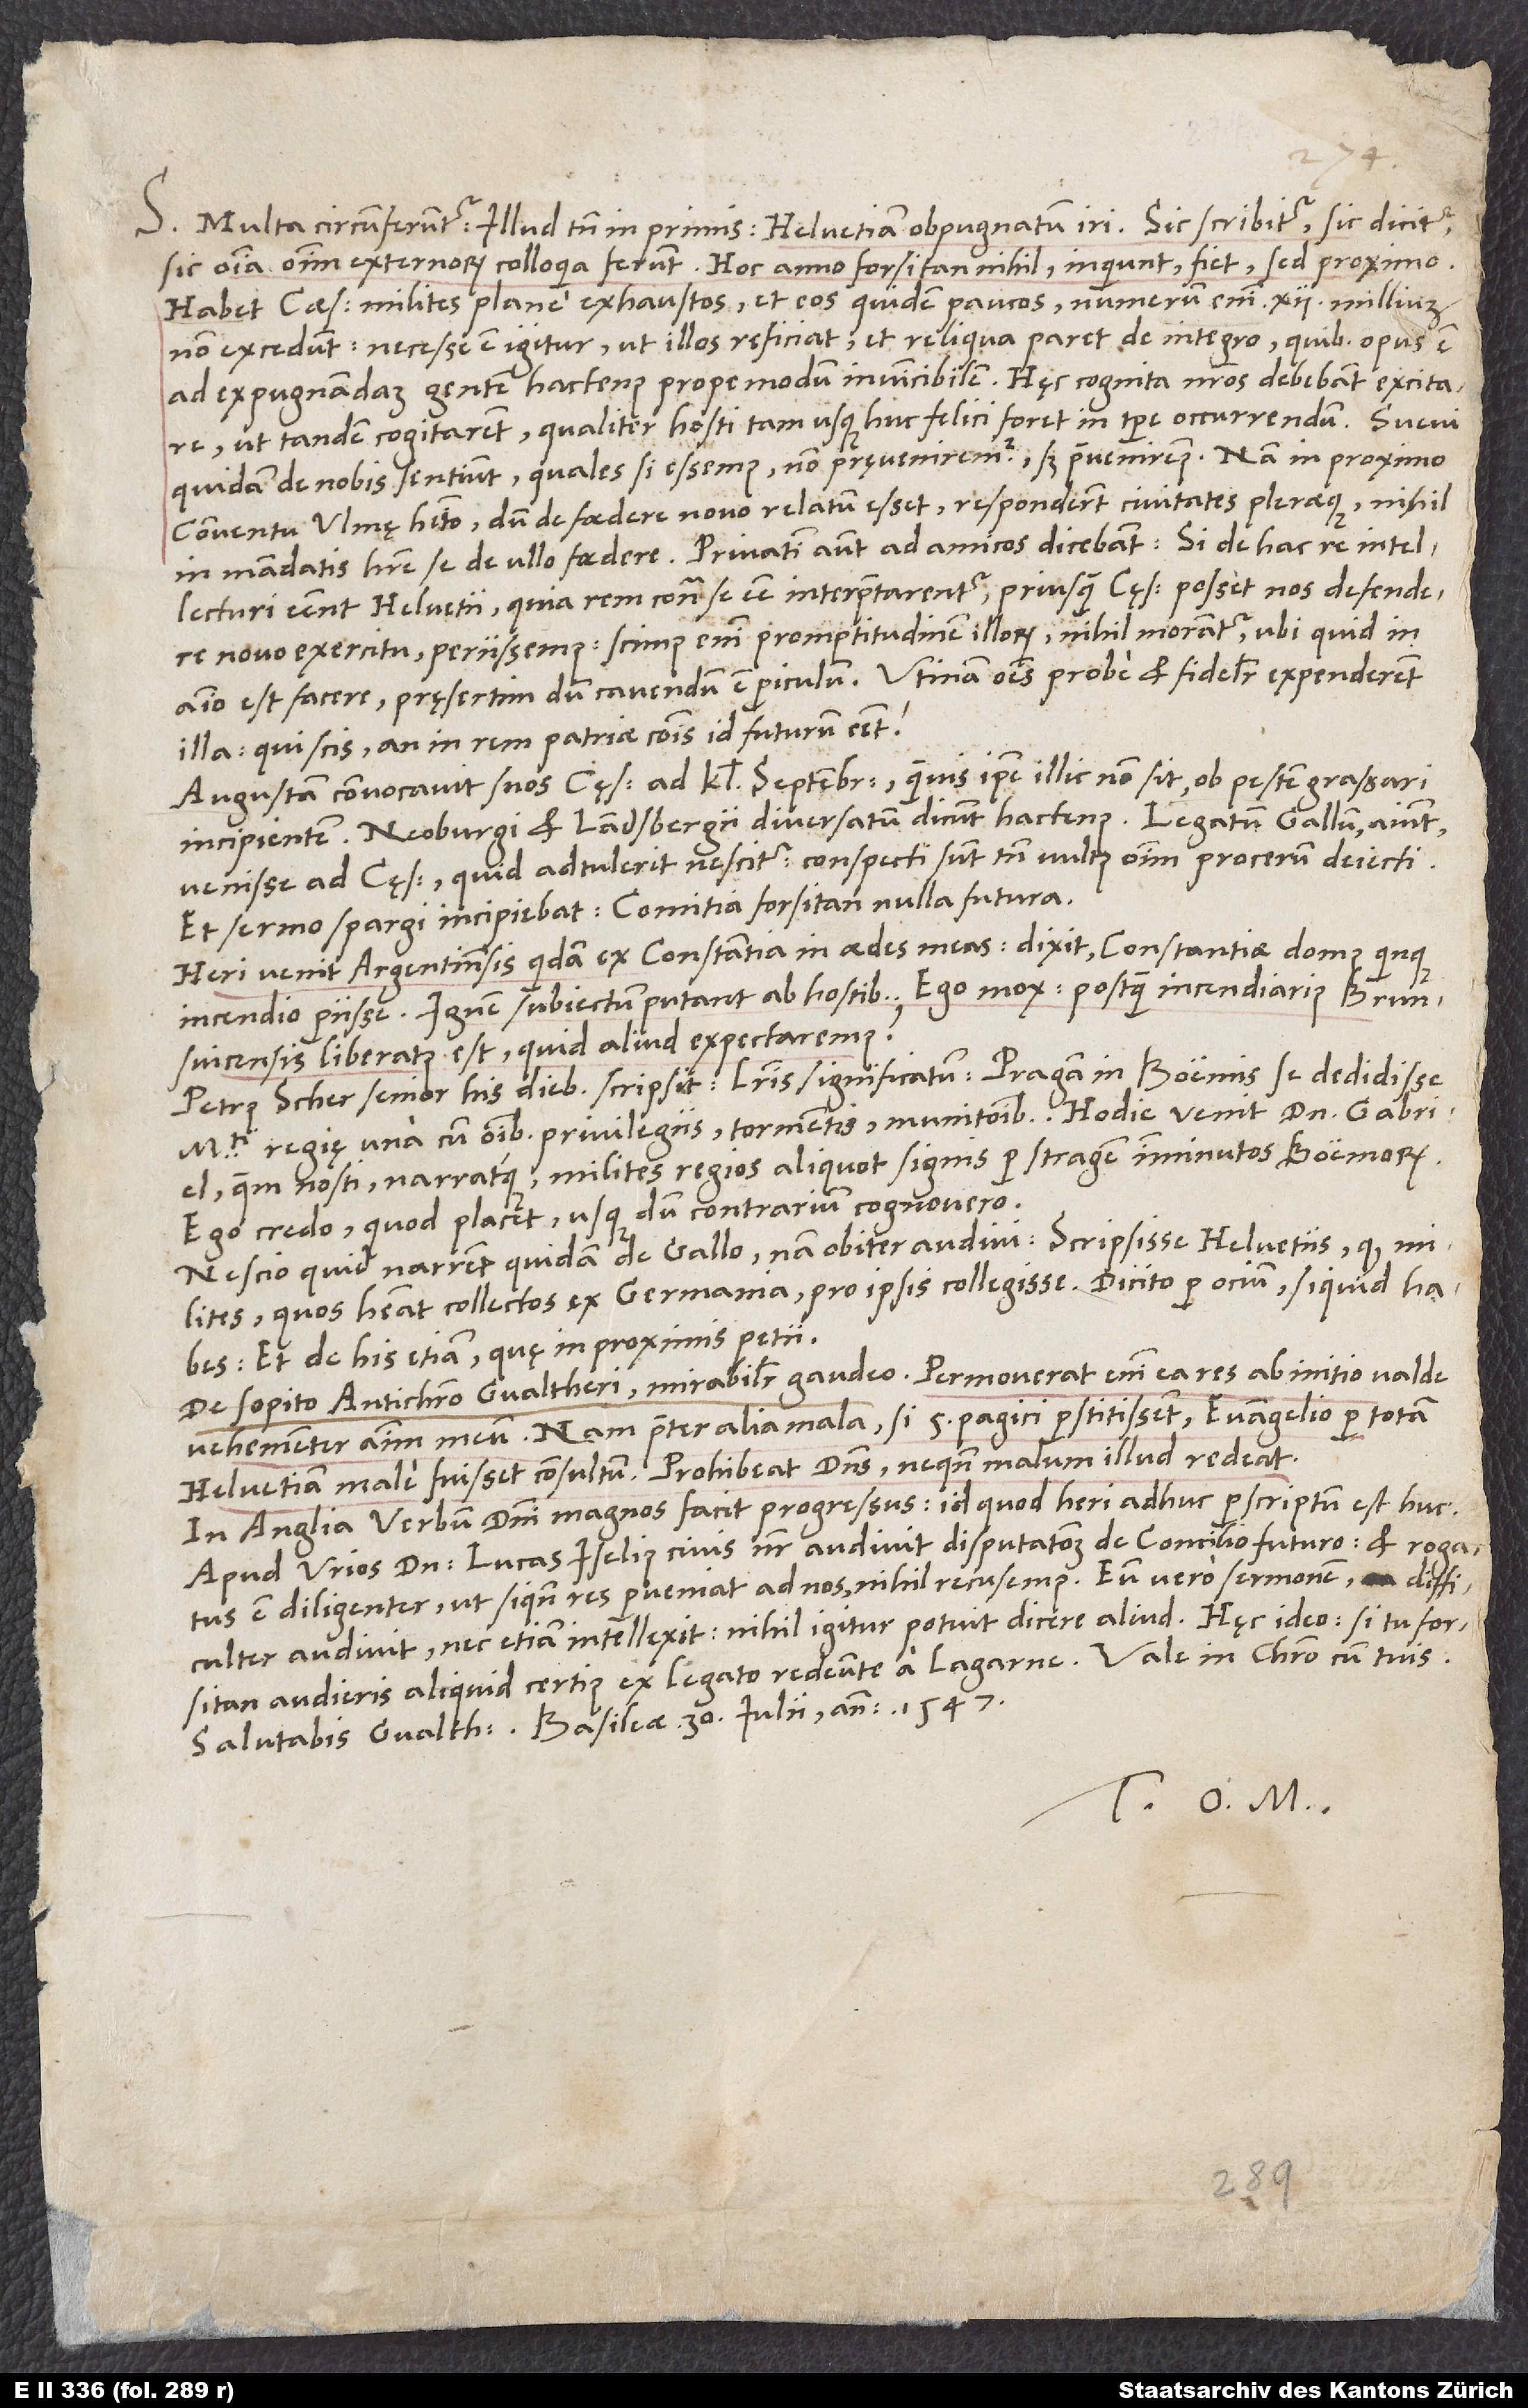
S. Multa circumferuntur, illud tamen inprimis: Helvetiam obpugnatum iri. Sic scribitur, sic dicitur,
sic omnia omnium externorum colloquia ferunt. „Hoc anno forsitan nihil,“ inquiunt, „fiet, sed proximo.
Habet caesar milites plane exhaustos, et eos quidem paucos (numerum enim 12 millium
non excedunt). Necesse est igitur, ut illos reficiat et reliqua paret de integro, quibus opus est
ad expugnandam gentem hactenus propemodum invincibilem.“ Hęc cognita nostros debebant excitare,
ut tandem cogitarent, qualiter hosti, tam usque hinc felici, foret in tempore occurrendum. Suevi
quidam de nobis sentiunt, quales si essemus, non pręveniremur, sed praeveniremus. Nam in proximo
conventu Ulmę habito, dum de foedere novo relatum esset, responderunt civitates pleraeque nihil
in mandatis habere se de ullo foedere. Privatim autem ad amicos dicebant: „Si de hac re intellecturi
essent Helvetii, quia rem contra se esse interpretarentur, priusquam cęsar posset nos defendere
novo exercitu, periissemus. Scimus enim promptitudinem illorum; nihil morantur, ubi quid in
animo est facere, pręsertim dum cavendum est periculum.“ Utinam omnes probe et fideliter expenderent
illa! Qui scis, an in rem patriae communis id futurum esset?
Augustam convocavit suos cęsar ad kalendas septembris, quamvis ipse illic non sit ob pestem grassari
incipientem. Neoburgi et Landsbergii diversatum dicunt hactenus. Legatum Gallum aiunt
venisse ad cęsarem. Quid adtulerit, nescitur. Conspecti sunt tamen vultus omnium procerum deiecti,
et sermo spargi incipiebat comitia forsitan nulla futura.
Heri venit Argentinensis quidam ex Constantia in aedes meas. Dixit Constantiae domus quinque
incendio periisse. Ignem subiectum putant ab hostibus. Ego mox: „Postquam incendiarius Brunsvicensis
liberatus est, quid aliud expectaremus?“
Petrus Scher senior his diebus scripsit literis significatum Pragam in Boemis se dedidisse
maiestati regię una cum omnibus privilegiis, tormentis, munitionibus. Hodie venit dominus Gabriel,
quem nosti. Narratque milites regios aliquot signis per stragem imminutos Boemorum.
Ego credo, quod placet, usquedum contrarium cognovero.
Nescio quid narrent quidam de Gallo; nam obiter audivi: scripsisse Helvetiis, quod milites,
quos habeat collectos ex Germania, pro ipsis collegisse. Dicito per ocium, si quid habes;
et de his etiam, quę in proximis petii.
De sopito Antichristo Gvaltheri mirabiliter gaudeo! Permoverat enim ea res ab initio valde
vehementer animum meum. Nam praeter alia mala, si 5 Pagici perstitissent, evangelio per totam
Helvetiam male fuisset consultum. Prohibeat dominus, ne quando malum illud redeat.
In Anglia verbum domini magnos facit progressus, id quod heri adhuc perscriptum est huc.
Apud Urios dominus Lucas Iselius, civis noster, audivit disputationem de concilio futuro, et rogatus
est diligenter, ut, si quando res perveniat ad nos, nihil recusemus. Eum vero sermonem difficulter
audivit nec etiam intellexit. Nihil igitur potuit dicere aliud. Hęc ideo, si tu forsitan
Salutabis Gvaltherum. Basileae, 30. iulii anno 1547.